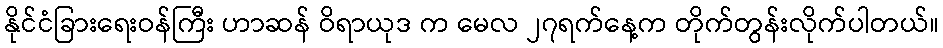
နိုင်ငံခြားရေးဝန်ကြီး ဟာဆန် ဝိရာယုဒ က မေလ ၂၇ရက်နေ့က တိုက်တွန်းလိုက်ပါတယ်။